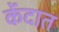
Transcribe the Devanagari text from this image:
केंदात